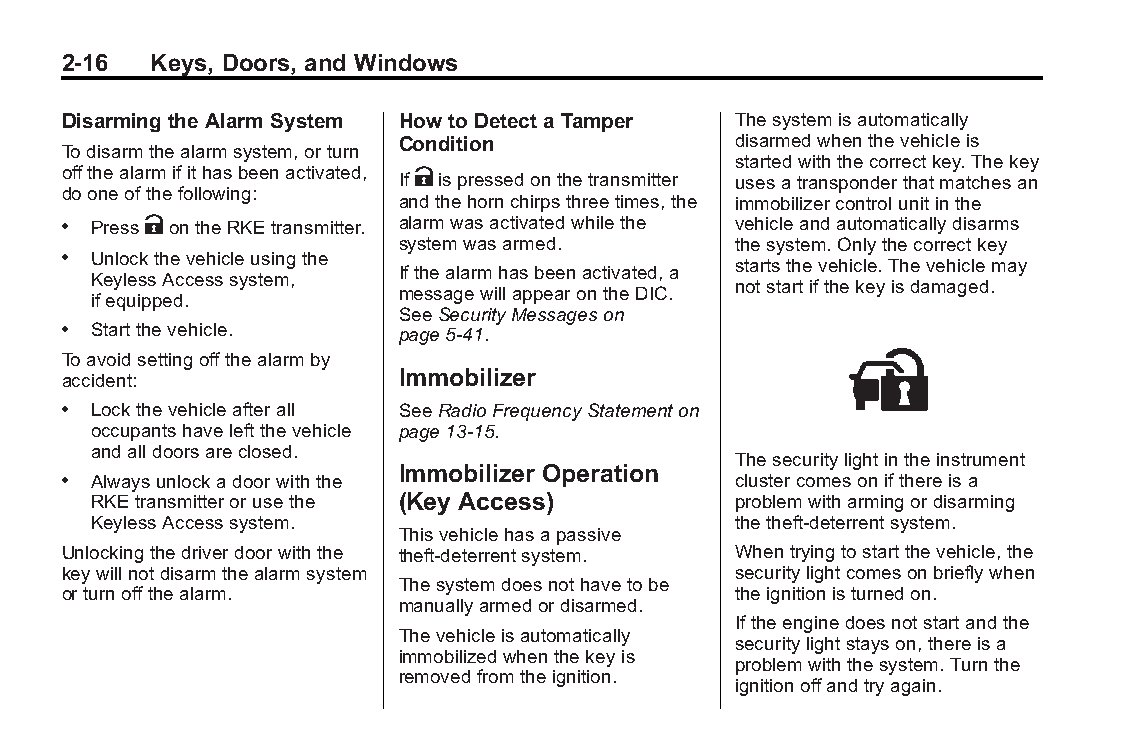
Buick LaCrosse Owner Manual (GMNA-Localizing-U.S./Canada/Mexico- Blackplate(16,1)
 6043609)-2014-2ndEdition-10/24/13
 2-16  Keys, Doors, and Windows
 Disarming theAlarm System Howto Detect aTamper Thesystemisautomatically
 Condition             disarmedwhenthevehicleis
 Todisarmthealarmsystem,orturn
 startedwiththecorrectkey.Thekey
 offthealarmifithasbeenactivated, IfKispressedonthetransmitter
 usesatransponderthatmatchesan
 dooneofthefollowing:
 andthehornchirpsthreetimes,the immobilizercontrolunitinthe
 . PressKontheRKEtransmitter. alarmwasactivatedwhilethe vehicleandautomaticallydisarms
 systemwasarmed.       thesystem.Onlythecorrectkey
 . Unlockthevehicleusingthe
 startsthevehicle.Thevehiclemay
 Ifthealarmhasbeenactivated,a
 KeylessAccesssystem,
 notstartifthekeyisdamaged.
 messagewillappearontheDIC.
 ifequipped.
 SeeSecurityMessageson
 . Startthevehicle.    page5-41.
 Toavoidsettingoffthealarmby
 accident:             Immobilizer
 . Lockthevehicleafterall SeeRadioFrequencyStatementon
 occupantshaveleftthevehicle page13-15.
 andalldoorsareclosed.
 Thesecuritylightintheinstrument
 Immobilizer Operation
 . Alwaysunlockadoorwiththe                  clustercomesonifthereisa
 RKEtransmitterorusethe (Key Access)       problemwitharmingordisarming
 KeylessAccesssystem.                      thetheft-deterrentsystem.
 Thisvehiclehasapassive
 Unlockingthedriverdoorwiththe theft-deterrentsystem. Whentryingtostartthevehicle,the
 keywillnotdisarmthealarmsystem              securitylightcomesonbrieflywhen
 Thesystemdoesnothavetobe
 orturnoffthealarm.                          theignitionisturnedon.
 manuallyarmedordisarmed.
 Iftheenginedoesnotstartandthe
 Thevehicleisautomatically
 securitylightstayson,thereisa
 immobilizedwhenthekeyis
 problemwiththesystem.Turnthe
 removedfromtheignition.
 ignitionoffandtryagain.